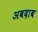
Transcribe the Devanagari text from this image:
अबदाब